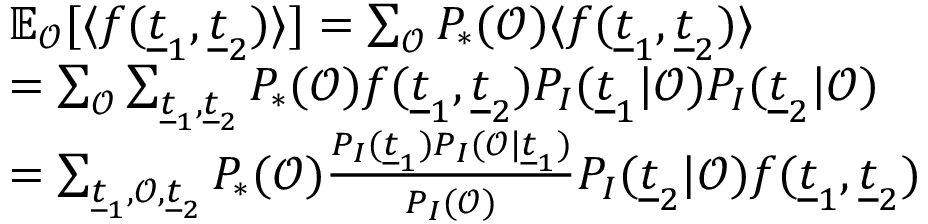
\begin{array} { r } { \begin{array} { r l } & { \mathbb { E } _ { \mathcal { O } } [ \langle f ( \underline { { t } } _ { 1 } , \underline { { t } } _ { 2 } ) \rangle ] = \sum _ { \mathcal { O } } P _ { * } ( \mathcal { O } ) \langle f ( \underline { { t } } _ { 1 } , \underline { { t } } _ { 2 } ) \rangle } \\ & { = \sum _ { \mathcal { O } } \sum _ { \underline { { t } } _ { 1 } , \underline { { t } } _ { 2 } } P _ { * } ( \mathcal { O } ) f ( \underline { { t } } _ { 1 } , \underline { { t } } _ { 2 } ) P _ { I } ( \underline { { t } } _ { 1 } | \mathcal { O } ) P _ { I } ( \underline { { t } } _ { 2 } | \mathcal { O } ) } \\ & { = \sum _ { \underline { { t } } _ { 1 } , \mathcal { O } , \underline { { t } } _ { 2 } } P _ { * } ( \mathcal { O } ) \frac { P _ { I } ( \underline { { t } } _ { 1 } ) P _ { I } ( \mathcal { O } | \underline { { t } } _ { 1 } ) } { P _ { I } ( \mathcal { O } ) } P _ { I } ( \underline { { t } } _ { 2 } | \mathcal { O } ) f ( \underline { { t } } _ { 1 } , \underline { { t } } _ { 2 } ) } \end{array} } \end{array}